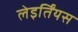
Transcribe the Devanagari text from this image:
लेइर्तिंयस